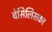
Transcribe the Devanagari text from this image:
बेसिलिसका